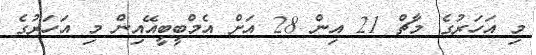
މި އަހަރުގެ މާޗް 21 އިން 28 އަށް އެމްބީބީއޭއިން މި އަަހަރުގެ